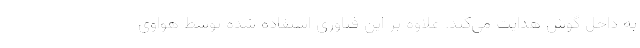
به داخل گوش هدایت می‌کند. علاوه بر این فناوری استفاده شده توسط هواوی